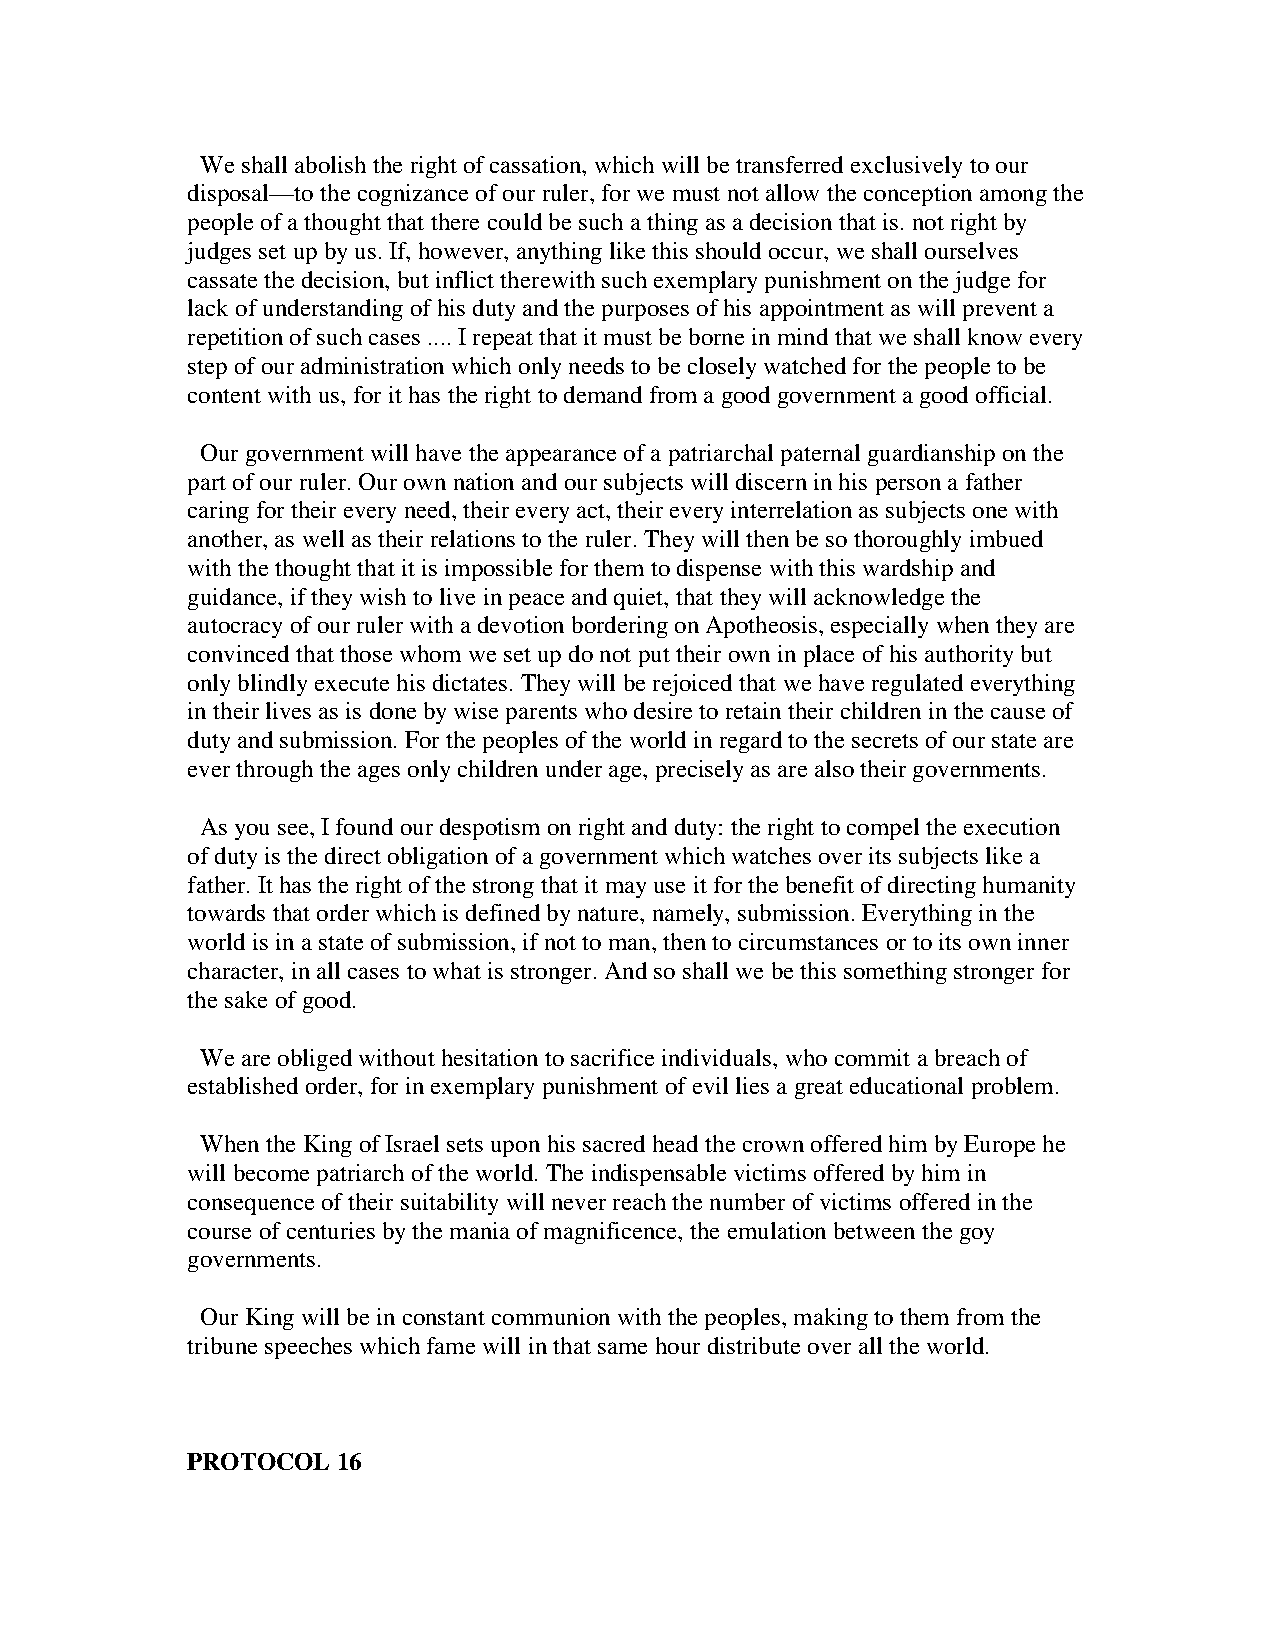
We shall abolish the right of cassation, which will be transferred exclusively to our
 disposal—to the cognizance of our ruler, for we must not allow the conception among the
 people of a thought that there could be such a thing as a decision that is. not right by
 judges set up by us. If, however, anything like this should occur, we shall ourselves
 cassate the decision, but inflict therewith such exemplary punishment on the judge for
 lack of understanding of his duty and the purposes of his appointment as will prevent a
 repetition of such cases .... I repeat that it must be borne in mind that we shall know every
 step of our administration which only needs to be closely watched for the people to be
 content with us, for it has the right to demand from a good government a good official.
 Our government will have the appearance of a patriarchal paternal guardianship on the
 part of our ruler. Our own nation and our subjects will discern in his person a father
 caring for their every need, their every act, their every interrelation as subjects one with
 another, as well as their relations to the ruler. They will then be so thoroughly imbued
 with the thought that it is impossible for them to dispense with this wardship and
 guidance, if they wish to live in peace and quiet, that they will acknowledge the
 autocracy of our ruler with a devotion bordering on Apotheosis, especially when they are
 convinced that those whom we set up do not put their own in place of his authority but
 only blindly execute his dictates. They will be rejoiced that we have regulated everything
 in their lives as is done by wise parents who desire to retain their children in the cause of
 duty and submission. For the peoples of the world in regard to the secrets of our state are
 ever through the ages only children under age, precisely as are also their governments.
 As you see, I found our despotism on right and duty: the right to compel the execution
 of duty is the direct obligation of a government which watches over its subjects like a
 father. It has the right of the strong that it may use it for the benefit of directing humanity
 towards that order which is defined by nature, namely, submission. Everything in the
 world is in a state of submission, if not to man, then to circumstances or to its own inner
 character, in all cases to what is stronger. And so shall we be this something stronger for
 the sake of good.
 We are obliged without hesitation to sacrifice individuals, who commit a breach of
 established order, for in exemplary punishment of evil lies a great educational problem.
 When the King of Israel sets upon his sacred head the crown offered him by Europe he
 will become patriarch of the world. The indispensable victims offered by him in
 consequence of their suitability will never reach the number of victims offered in the
 course of centuries by the mania of magnificence, the emulation between the goy
 governments.
 Our King will be in constant communion with the peoples, making to them from the
 tribune speeches which fame will in that same hour distribute over all the world.
 PROTOCOL  16